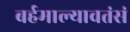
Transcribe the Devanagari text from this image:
बर्हमाल्यावतंसं